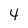
Character: 4